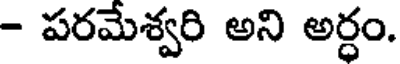
- పరమేశ్వరి అని అర్ధం.